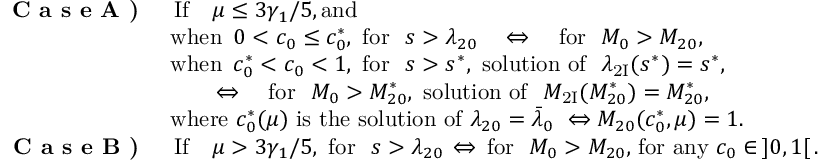
\begin{array} { r l } { \textbf { C a s e A ) } } & { \, \mathrm { I f } \quad \mu \leq { 3 \gamma _ { 1 } } / { 5 } , \mathrm { a n d ~ } } \\ & { \mathrm { w h e n } \, \, \, 0 < c _ { 0 } \leq c _ { 0 } ^ { * } , \, \, \mathrm { f o r ~ } \, \, s > \lambda _ { 2 0 } \quad \Leftrightarrow \quad \mathrm { f o r ~ } \, \, M _ { 0 } > M _ { 2 0 } , } \\ & { \mathrm { w h e n } \, \, \, c _ { 0 } ^ { * } < c _ { 0 } < 1 , \, \, \mathrm { f o r ~ } \, \, s > s ^ { * } , \, \, \mathrm { s o l u t i o n ~ o f ~ } \, \, \lambda _ { \mathrm { 2 I } } ( s ^ { * } ) = s ^ { * } , } \\ & { \qquad \Leftrightarrow \quad \mathrm { f o r ~ } \, \, M _ { 0 } > M _ { 2 0 } ^ { * } , \, \, \mathrm { s o l u t i o n ~ o f ~ } \, \, M _ { \mathrm { 2 I } } ( M _ { 2 0 } ^ { * } ) = M _ { 2 0 } ^ { * } , } \\ & { \mathrm { w h e r e } \, \, { c } _ { 0 } ^ { * } ( \mu ) \, \, \mathrm { i s ~ t h e ~ s o l u t i o n ~ o f } \, \, \lambda _ { 2 0 } = \bar { \lambda } _ { 0 } \, \, \Leftrightarrow M _ { 2 0 } ( c _ { 0 } ^ { * } , \mu ) = 1 . } \\ { \textbf { C a s e B ) } } & { \, \mathrm { I f } \quad \mu > { 3 \gamma _ { 1 } } / { 5 } , \, \, \mathrm { f o r ~ } \, \, s > \lambda _ { 2 0 } \, \Leftrightarrow \, \mathrm { f o r ~ } \, \, M _ { 0 } > M _ { 2 0 } , \, \mathrm { f o r ~ a n y } \, \, c _ { 0 } \in \, ] 0 , 1 [ \, . } \end{array}